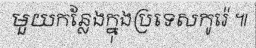
មួយកន្លែងក្នុងប្រទេសកូរ៉េ ៕